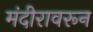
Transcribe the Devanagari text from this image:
मंदीरावरून